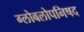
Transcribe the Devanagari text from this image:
ग्लोबलोपनिषद